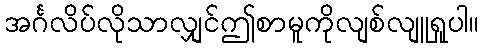
အင်္ဂလိပ်လိုသာလျှင်ဤစာမူကိုလျစ်လျူရှုပါ။